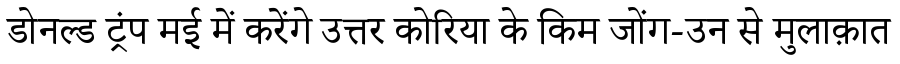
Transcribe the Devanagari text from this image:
डोनल्ड ट्रंप मई में करेंगे उत्तर कोरिया के किम जोंग-उन से मुलाक़ात